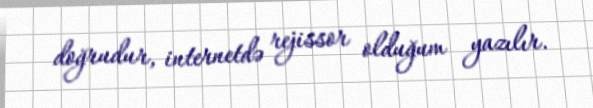
doğrudur, internetdə rejissor olduğum yazılır.